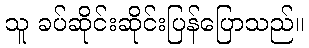
သူ ခပ်ဆိုင်းဆိုင်းပြန်ပြောသည်။